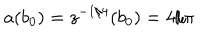
a ( b _ { 0 } ) = z ^ { - 1 / 4 } ( b _ { 0 } ) = 4 / \pi